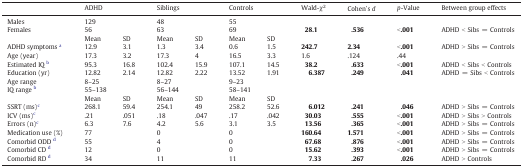
<table><thead><tr><td></td><td colspan="2"><b>ADHD</b></td><td colspan="2"><b>Siblings</b></td><td colspan="2"><b>Controls</b></td><td><b>Wald-χ<sup>2</sup></b></td><td><b>Cohen&#x27;s <i>d</i></b></td><td><b><i>p</i>-Value</b></td><td><b>Between group effects</b></td></tr></thead><tbody><tr><td>Males</td><td colspan="2">129</td><td colspan="2">48</td><td colspan="2">55</td><td></td><td></td><td></td><td></td></tr><tr><td>Females</td><td colspan="2">56</td><td colspan="2">63</td><td colspan="2">69</td><td><b>28.1</b></td><td><b>.536</b></td><td><b>&lt;.001</b></td><td>ADHD &lt; Sibs = Controls</td></tr><tr><td></td><td>Mean</td><td>SD</td><td>Mean</td><td>SD</td><td>Mean</td><td>SD</td><td></td><td></td><td></td><td></td></tr><tr><td>ADHD symptoms a</td><td>12.9</td><td>3.1</td><td>1.3</td><td>3.4</td><td>0.6</td><td>1.5</td><td><b>242.7</b></td><td><b>2.34</b></td><td><b>&lt;.001</b></td><td>ADHD &gt; Sibs = Controls</td></tr><tr><td>Age (year)</td><td>17.3</td><td>3.2</td><td>17.3</td><td>4</td><td>16.5</td><td>3.3</td><td>1.6</td><td>.124</td><td>.44</td><td></td></tr><tr><td>Estimated IQ b</td><td>95.3</td><td>16.8</td><td>102.4</td><td>15.9</td><td>107.1</td><td>14.5</td><td><b>38.2</b></td><td><b>.633</b></td><td><b>&lt;.001</b></td><td>ADHD &lt; Sibs &lt; Controls</td></tr><tr><td>Education (yr)</td><td>12.82</td><td>2.14</td><td>12.82</td><td>2.22</td><td>13.52</td><td>1.91</td><td><b>6.387</b></td><td><b>.249</b></td><td><b>.041</b></td><td>ADHD = Sibs &lt; Controls</td></tr><tr><td>Age range</td><td colspan="2">8–25</td><td colspan="2">8–27</td><td colspan="2">9–23</td><td></td><td></td><td></td><td></td></tr><tr><td>IQ range b</td><td colspan="2">55–138</td><td colspan="2">56–144</td><td colspan="2">58–141</td><td></td><td></td><td></td><td></td></tr><tr><td></td><td>Mean</td><td>SD</td><td>Mean</td><td>SD</td><td>Mean</td><td>SD</td><td></td><td></td><td></td><td></td></tr><tr><td>SSRT (ms)c</td><td>268.1</td><td>59.4</td><td>254.1</td><td>49</td><td>258.2</td><td>52.6</td><td><b>6.012</b></td><td><b>.241</b></td><td><b>.046</b></td><td>ADHD &gt; Sibs = Controls</td></tr><tr><td>ICV (ms)c</td><td>.21</td><td>.051</td><td>.18</td><td>.047</td><td>.17</td><td>.042</td><td><b>30.03</b></td><td><b>.555</b></td><td><b>&lt;.001</b></td><td>ADHD &gt; Sibs &gt; Controls</td></tr><tr><td>Errors (n)c</td><td>6.3</td><td>7.6</td><td>4.2</td><td>5.6</td><td>3.1</td><td>3.5</td><td><b>13.56</b></td><td><b>.365</b></td><td><b>&lt;.001</b></td><td>ADHD &gt; Sibs = Controls</td></tr><tr><td>Medication use (%)</td><td colspan="2">77</td><td colspan="2">0</td><td colspan="2">0</td><td><b>160.64</b></td><td><b>1.571</b></td><td><b>&lt;.001</b></td><td>ADHD &gt; Sibs = Controls</td></tr><tr><td>Comorbid ODD d</td><td colspan="2">55</td><td colspan="2">4</td><td colspan="2">0</td><td><b>67.68</b></td><td><b>.876</b></td><td><b>&lt;.001</b></td><td>ADHD &gt; Sibs = Controls</td></tr><tr><td>Comorbid CD d</td><td colspan="2">12</td><td colspan="2">0</td><td colspan="2">0</td><td><b>15.62</b></td><td><b>.393</b></td><td><b>&lt;.001</b></td><td>ADHD &gt; Sibs = Controls</td></tr><tr><td>Comorbid RD d</td><td colspan="2">34</td><td colspan="2">11</td><td colspan="2">11</td><td><b>7.33</b></td><td><b>.267</b></td><td><b>.026</b></td><td>ADHD &gt; Controls</td></tr></tbody></table>